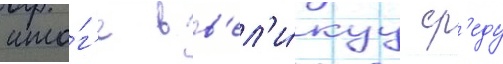
ито́г'е в в'ел'и́куу ср'еду